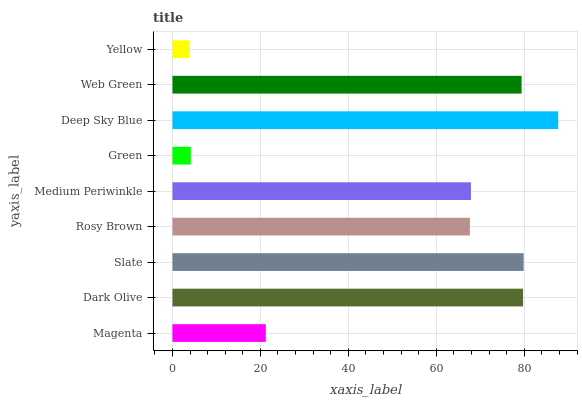
| yaxis_label | bars |
 | --- | --- |
 | Magenta | 21.2 |
 | Dark Olive | 79.7 |
 | Slate | 79.9 |
 | Rosy Brown | 67.6 |
 | Medium Periwinkle | 67.9 |
 | Green | 4.18 |
 | Deep Sky Blue | 87.7 |
 | Web Green | 79.4 |
 | Yellow | 3.76 |